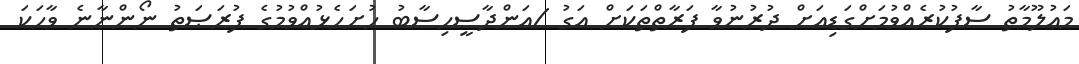
މަޢުލޫމާތު ސާފުކުރެއްވުމަށްގަޑިއަށް ދުރުނުވާ ފަރާތްތަކަށް އަގު /އަންދާސީހިސާބު ހުށަހެޅުއްވުމުގެ ފުރަޞަތު ނޯންނާނެ ވާހަކަ